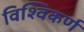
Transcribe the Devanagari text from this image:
विश्विकर्ण